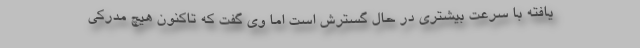
یافته با سرعت بیشتری در حال گسترش است اما وی گفت که تاکنون هیچ مدرکی